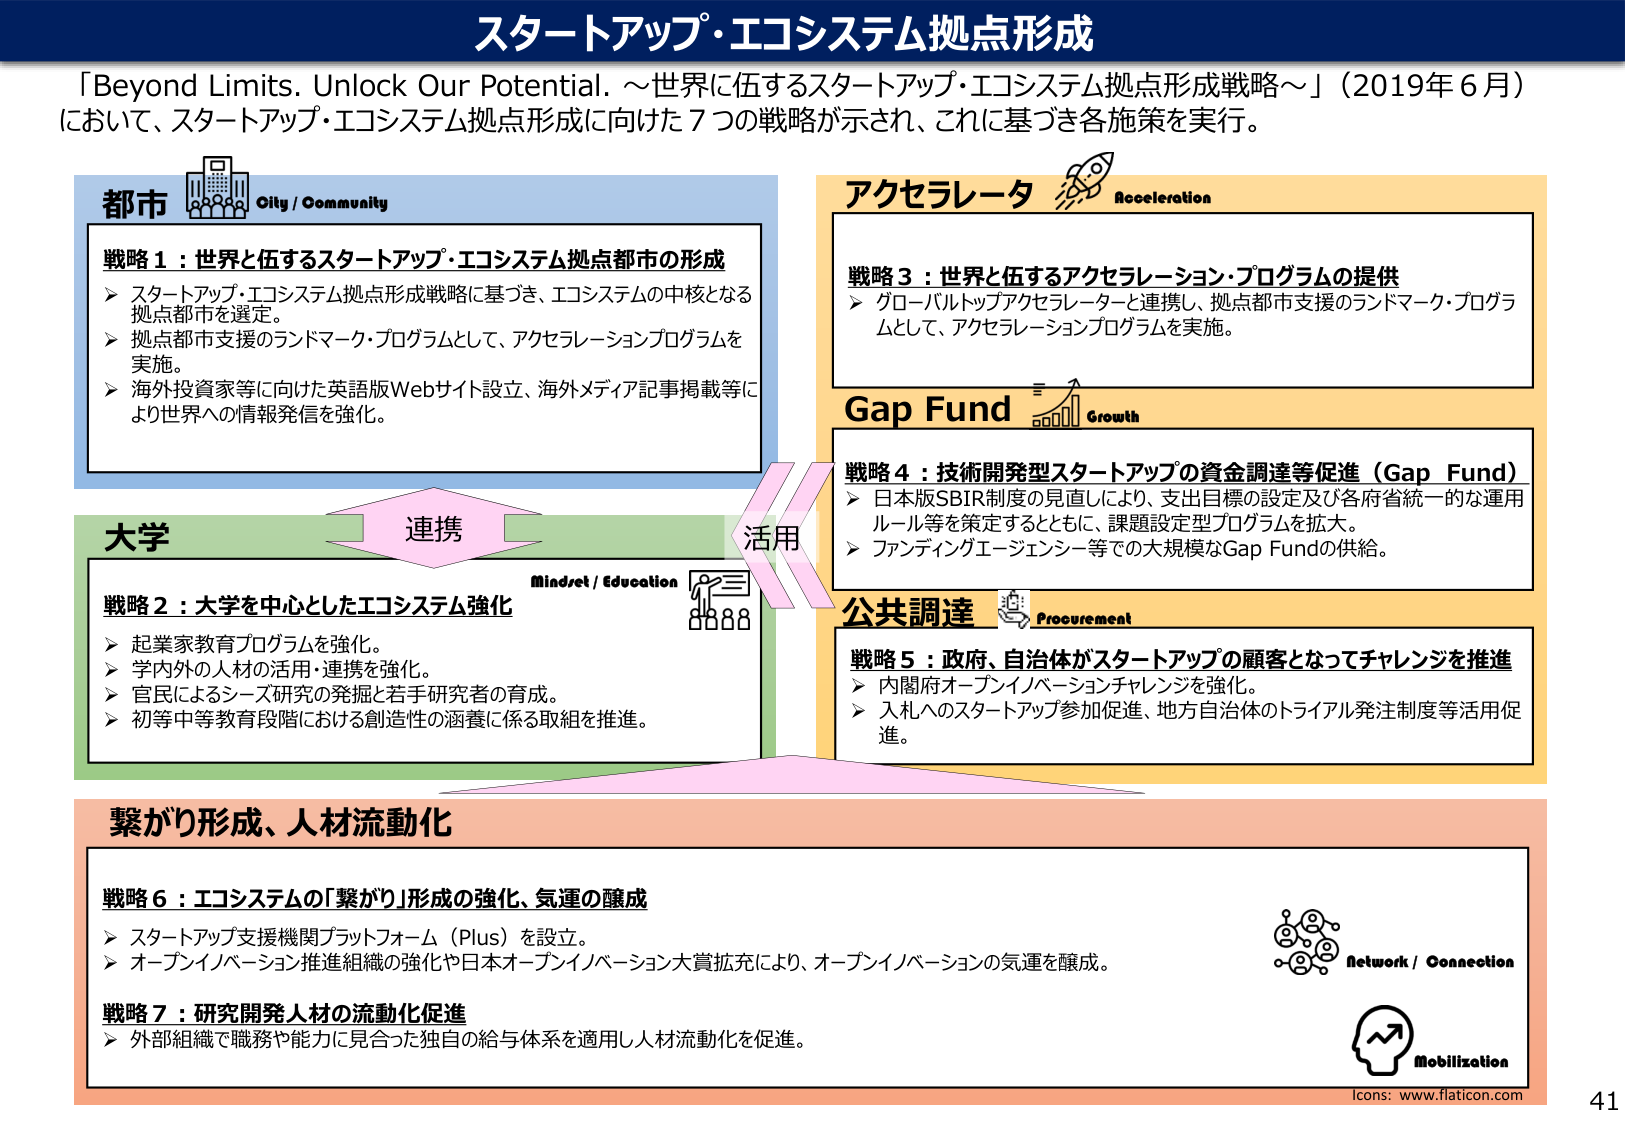
スタートアップ・エコシステム拠点形成

「Beyond Limits. Unlock Our Potential. ～世界に伍するスタートアップ・エコシステム拠点形成戦略～」（2019年６月）
において、スタートアップ・エコシステム拠点形成に向けた７つの戦略が示され、これに基づき各施策を実行。

都市
City / Community

戦略１：世界と伍するスタートアップ・エコシステム拠点都市の形成
➤ スタートアップ・エコシステム拠点形成戦略に基づき、エコシステムの中核となる拠点都市を選定。
➤ 拠点都市支援のランドマーク・プログラムとして、アクセラレーションプログラムを実施。
➤ 海外投資家等に向けた英語版Webサイト設立、海外メディア記事掲載等により世界への情報発信を強化。

アクセラレータ
Acceleration

戦略３：世界と伍するアクセラレーション・プログラムの提供
➤ グローバルトップアクセラレーターと連携し、拠点都市支援のランドマーク・プログラムとして、アクセラレーションプログラムを実施。

Gap Fund
Growth

戦略４：技術開発型スタートアップの資金調達等促進（Gap Fund）
➤ 日本版SBIR制度の見直しにより、支出目標の設定及び各府省統一的な運用ルール等を策定するとともに、課題設定型プログラムを拡大。
➤ ファンディングエージェンシー等での大規模なGap Fundの供給。

大学
Mindset / Education

戦略２：大学を中心としたエコシステム強化
➤ 起業家教育プログラムを強化。
➤ 学内外の人材の活用・連携を強化。
➤ 官民によるシーズ研究の発掘と若手研究者の育成。
➤ 初等中等教育段階における創造性の涵養に係る取組を推進。

連携
活用

公共調達
Procurement

戦略５：政府、自治体がスタートアップの顧客となってチャレンジを推進
➤ 内閣府オープンイノベーションチャレンジを強化。
➤ 入札へのスタートアップ参加促進、地方自治体のトライアル発注制度等活用促進。

繋がり形成、人材流動化

戦略６：エコシステムの「繋がり」形成の強化、気運の醸成
➤ スタートアップ支援機関プラットフォーム（Plus）を設立。
➤ オープンイノベーション推進組織の強化や日本オープンイノベーション大賞拡充により、オープンイノベーションの気運を醸成。

戦略７：研究開発人材の流動化促進
➤ 外部組織で職務や能力に見合った独自の給与体系を適用し人材流動化を促進。

Network / Connection
Mobilization
Icons: www.flaticon.com
41